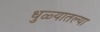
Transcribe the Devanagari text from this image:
धुळ्यातल्या